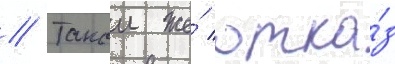
// Такои же́ отка́з